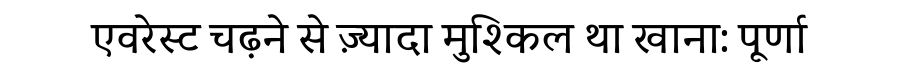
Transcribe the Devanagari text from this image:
एवरेस्ट चढ़ने से ज़्यादा मुश्किल था खाना: पूर्णा